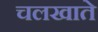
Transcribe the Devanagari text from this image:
चलखाते